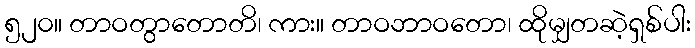
၅၂၀။ တာဝတွာတောတိ၊ ကား။ တာဝဘာဝတော၊ ထိုမျှတဆဲ့ရှစ်ပါး